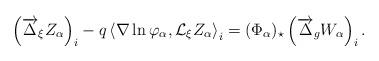
LaTeX: \begin{align*}\left(\overrightarrow{\Delta}_\xi Z_\alpha \right)_i-q\left\langle\nabla\ln\varphi_\alpha,\mathcal{L}_\xi Z_\alpha \right\rangle_i=(\Phi_\alpha)_\star\left(\overrightarrow{\Delta}_g W_\alpha\right)_i.\end{align*}